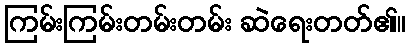
ကြမ်းကြမ်းတမ်းတမ်း ဆဲရေးတတ်၏။